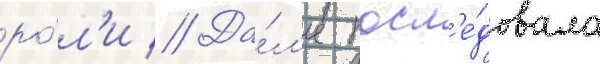
ро́л'и // Да́л'ее посл'е́довала